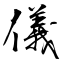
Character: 儀